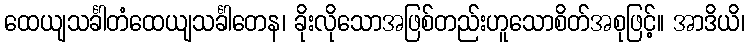
ထေယျသင်္ခါတံထေယျသင်္ခါတေန၊ ခိုးလိုသောအဖြစ်တည်းဟူသောစိတ်အစုဖြင့်။ အာဒိယိ၊